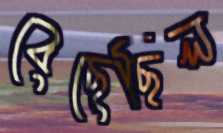
বেছেছিল